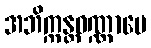
အဘိက္ကန္တဝဏ္ဏာပေ